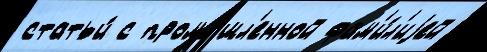
статьи́ с промы́шл'енной фам'и́л'иjей